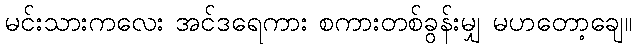
မင်းသားကလေး အင်ဒရေကား စကားတစ်ခွန်းမျှ မဟတော့ချေ။